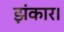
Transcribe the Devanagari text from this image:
झंकार।